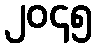
၂၀၄၅